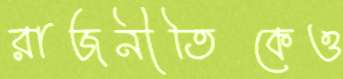
রাজনীতিকেও